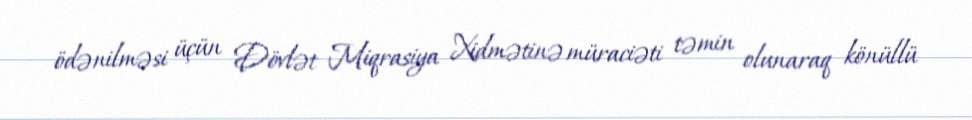
ödənilməsi üçün Dövlət Miqrasiya Xidmətinə müraciəti təmin olunaraq könüllü